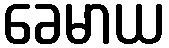
ခေမာယ